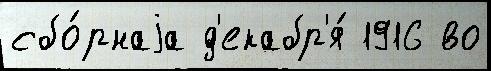
сбо́рнаjа д'екабр'я́ 1916 во